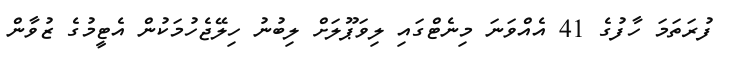
ފުރަތަމަ ހާފުގެ 41 އެއްވަނަ މިނެޓްގައި ލިވަޕޫލަށް ލިބުނު ހިލޭޖެހުމަކުން އެޓީމުގެ ޒުވާން